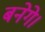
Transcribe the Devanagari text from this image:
बनेगे।